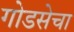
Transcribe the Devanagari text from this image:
गोडसेचा